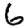
Digit: 6